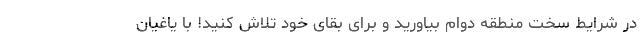
در شرایط سخت منطقه دوام بیاورید و برای بقای خود تلاش کنید! با یاغیان